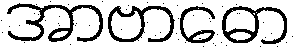
အာဗာဓော